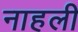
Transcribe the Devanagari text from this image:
नाहली